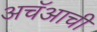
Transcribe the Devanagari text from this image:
अचॅआची